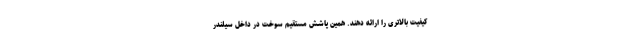
کیفیت بالاتری را ارائه دهند. همین پاشش مستقیم سوخت در داخل سیلندر